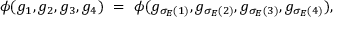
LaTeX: \phi ( g _ { 1 } , g _ { 2 } , g _ { 3 } , g _ { 4 } ) \ = \ \phi ( g _ { \sigma _ { E } ( 1 ) } , g _ { \sigma _ { E } ( 2 ) } , g _ { \sigma _ { E } ( 3 ) } , g _ { \sigma _ { E } ( 4 ) } ) ,